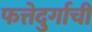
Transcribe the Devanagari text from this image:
फत्तेदुर्गाची